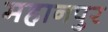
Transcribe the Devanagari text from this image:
महानपुर